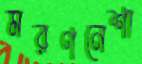
মরণনেশা